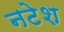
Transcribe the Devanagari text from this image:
नटेश